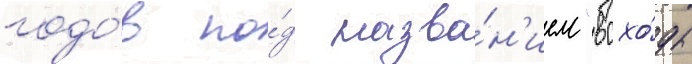
годо́в по́д назва́н'ием "всхо́ды